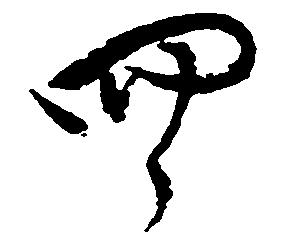
四